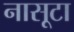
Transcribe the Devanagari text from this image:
नासूटा